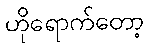
ဟိုရောက်တော့